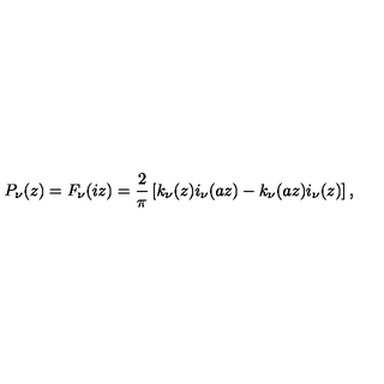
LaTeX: P _ { \nu } ( z ) = F _ { \nu } ( i z ) = { \frac { 2 } { \pi } } \left[ k _ { \nu } ( z ) i _ { \nu } ( a z ) - k _ { \nu } ( a z ) i _ { \nu } ( z ) \right] ,